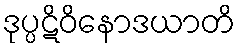
ဒုပ္ပဋိဝိနောဒယာတိ